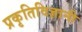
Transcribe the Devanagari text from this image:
प्रकृतिविज्ञानी